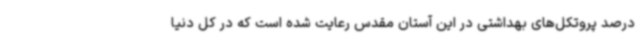
درصد پروتکل‌های بهداشتی در این آستان مقدس رعایت شده است که در کل دنیا